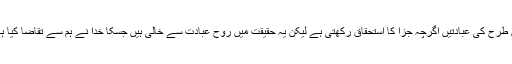
اس طرح کی عبادتیں اگرچہ جزا کا استحقاق رکھتی ہے لیکن یہ حقیقت میں روح عبادت سے خالی ہیں جسکا خدا نے ہم سے تقاضا کیا ہے۔